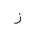
Letter: _zay